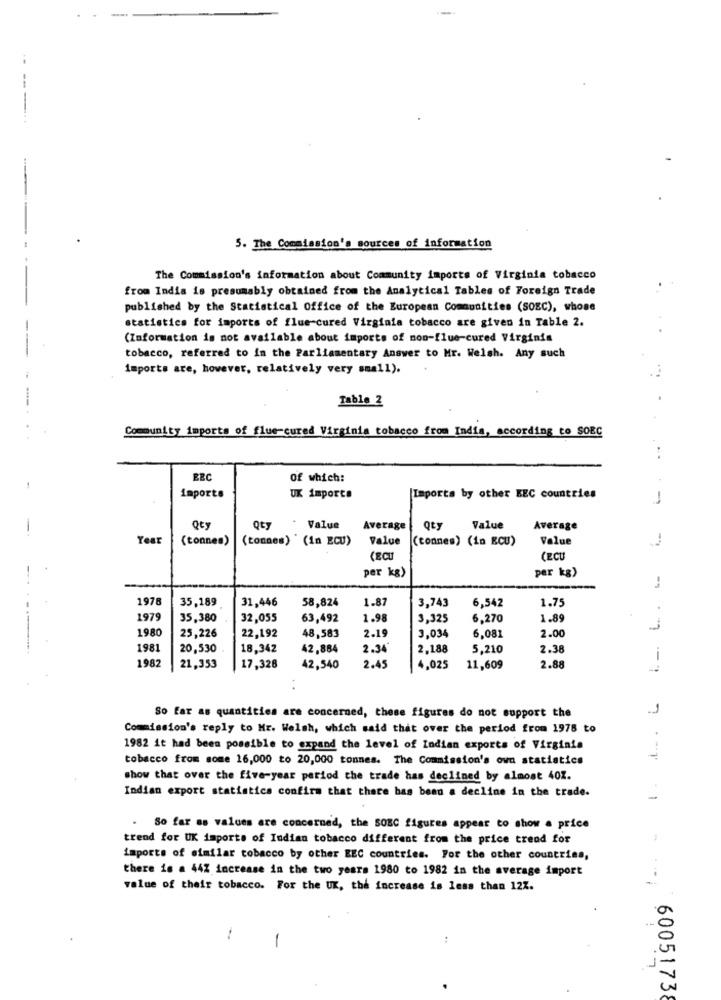
-- ---
5. The Commission's sources of information
The Commission's information about Community imports of Virginia tobacco
from India is presumably obtained from the Analytical Tables of Foreign Trade
published by the Statistical Office of the European Communities (SOEC), whose
statistics for imports of flue-cured Virginia tobacco are given in Table 2.
(Information is not available about importe of non-flue-cured Virginia
tobacco, referred to In the Parliamentary Answer to Mr. Welsh. Any such
imports are, however, relatively very small).
Table 2
Community imports of flue-cured Virginia tobacco from India, according to SOBC
ERC
Of which:
imports
UK importe
Imports by other BEC countries
1
Qty
Qty
* Value Average
Qty
Value
Average
Year
(tonnes)
(tonnes) (in ECU)
Value
(connes) (in ECU)
Value
(ECU
CECU
per kg)
per kg)
1978
31,446
1.87
6,542
35,189
58,824
3,743
1.75
1979
35,380
32,055
63,492
1.98
3,325
6,270
1.89
1980
22,192
2.19
2.00
1
25,226
48,583
3,034
6,081
1981
20,530
18,342
42,884
2.34
2.188
5,210
2.38
1982
21,353
|17,328
42,540
2.45
4,025
11,609
2.88
.J
So far as quantities are concerned, these figures do not support the
Commission's reply to Mr. Welsh, which said that over the period from 1978 to
1982 it had been possible to expand the level of Indian exports of Virginia
tobacco from some 16,000 to 20,000 tonnes. The Commission's own statistics
show that over the five-year period the trade has declined by almost 401.
Indian export statistics confirm that there bas been a decline in the trade.
-
. So far as values are concerned, the SOEC figures appear to show a price
trend for UK imports of Indian tobacco different from the price trend for
imports of similar tobacco by other EEC countries. For the other countries,
there is a 44Z increase in the two years 1980 to 1982 in the average import
value of their tobacco. For the UK, the increase is less than 12Z.
-
1
6005173